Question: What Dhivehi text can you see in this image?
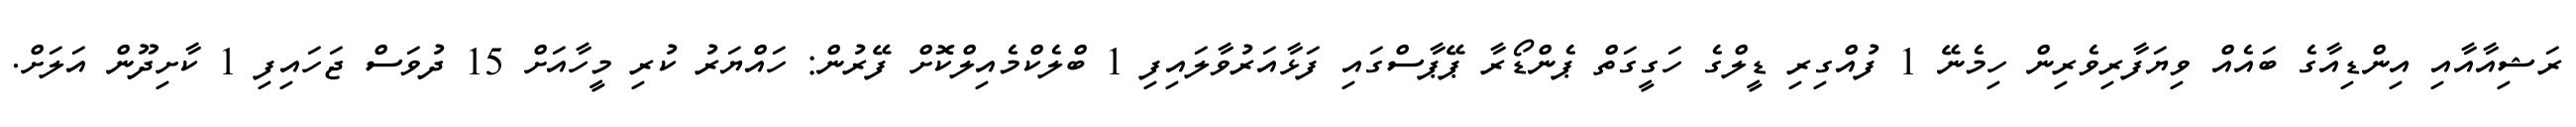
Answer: ރަޝިއާއާއި އިންޑިއާގެ ބައެއް ވިޔަފާރިވެރިން ހިމެނޭ 1 ފުއްގިރި ޑީލްގެ ހަގީގަތް ޕެންޑޯރާ ޕޭޕާސްގައި ފަޅާއަރުވާލައިފި 1 ބްލެކްމެއިލްކޮށް ފޭރުން: ހައްޔަރު ކުރި މީހާއަށް 15 ދުވަސް ޖަހައިފި 1 ކާށިދޫން އަލަށް.